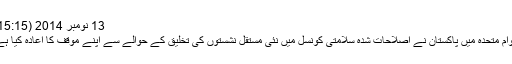
13 نومبر 2014 (15:15)
اقوام متحدہ میں پاکستان نے اصلاحات شدہ سلامتی کونسل میں نئی مستقل نشستوں کی تخلیق کے حوالے سے اپنے موقف کا اعادہ کیا ہے۔